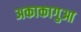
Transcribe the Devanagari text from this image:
अकाकागुआ